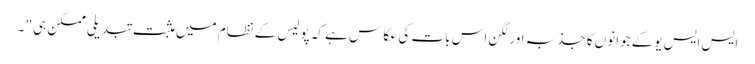
ایس ایس یوکے جوانوں کا جذبہ اور لگن اس بات کی عکا س ہے کہ پولیس کے نظام میں مثبت تبدیلی ممکن ہی" ۔